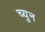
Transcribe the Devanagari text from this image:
च्युन